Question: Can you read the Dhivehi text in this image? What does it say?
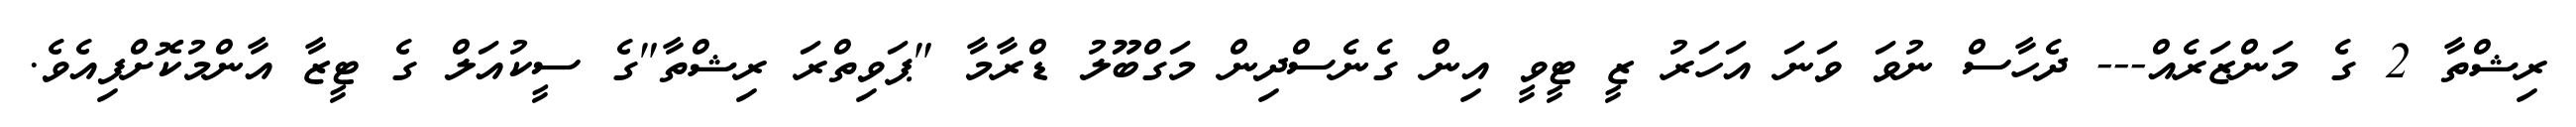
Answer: ރިޝްތާ 2 ގެ މަންޒަރެއް--- ދެހާސް ނުވަ ވަނަ އަހަރު ޒީ ޓީވީ އިން ގެނެސްދިން މަގްބޫލު ޑްރާމާ "ޕަވިތްރަ ރިޝްތާ"ގެ ސީކުއަލް ގެ ޓީޒާ އާންމުކޮށްފިއެވެ.